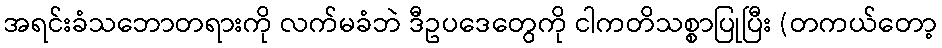
အရင်းခံသဘောတရားကို လက်မခံဘဲ ဒီဥပဒေတွေကို ငါကတိသစ္စာပြုပြီး (တကယ်တော့